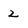
Character: 2